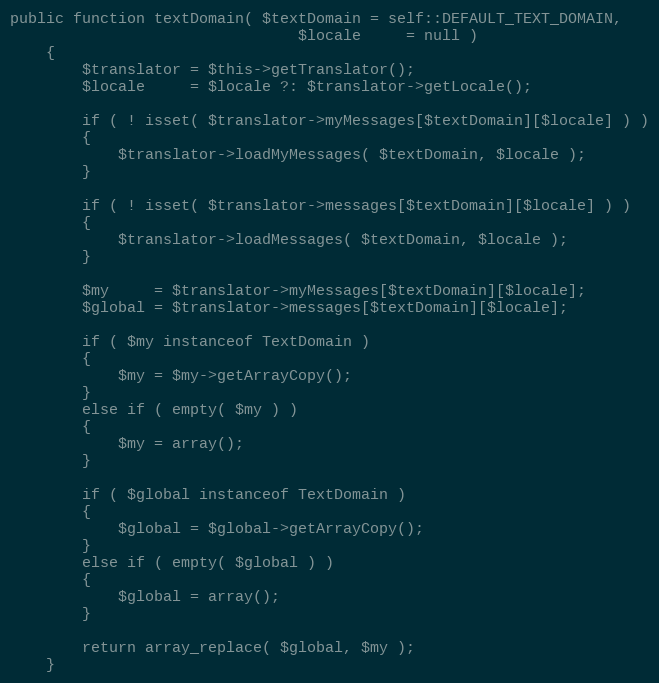
Language: PHP
public function textDomain( $textDomain = self::DEFAULT_TEXT_DOMAIN,
                                $locale     = null )
    {
        $translator = $this->getTranslator();
        $locale     = $locale ?: $translator->getLocale();

        if ( ! isset( $translator->myMessages[$textDomain][$locale] ) )
        {
            $translator->loadMyMessages( $textDomain, $locale );
        }

        if ( ! isset( $translator->messages[$textDomain][$locale] ) )
        {
            $translator->loadMessages( $textDomain, $locale );
        }

        $my     = $translator->myMessages[$textDomain][$locale];
        $global = $translator->messages[$textDomain][$locale];

        if ( $my instanceof TextDomain )
        {
            $my = $my->getArrayCopy();
        }
        else if ( empty( $my ) )
        {
            $my = array();
        }

        if ( $global instanceof TextDomain )
        {
            $global = $global->getArrayCopy();
        }
        else if ( empty( $global ) )
        {
            $global = array();
        }

        return array_replace( $global, $my );
    }